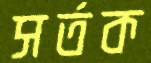
সর্তক